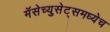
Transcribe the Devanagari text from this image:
मॅसेच्युसेट्समध्येच